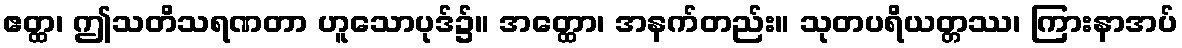
ဧတ္ထ၊ ဤသတိသရဏတာ ဟူသောပုဒ်၌။ အတ္ထော၊ အနက်တည်း။ သုတပရိယတ္တဿ၊ ကြားနာအပ်